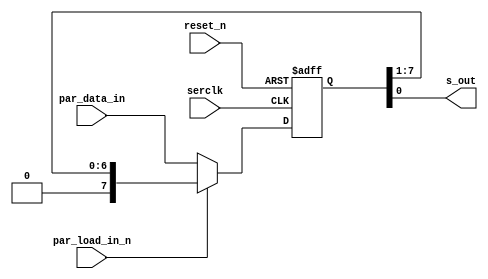
// *****************************************************************************
// *                     C O P Y R I G H T   N O T I C E                       *
// *****************************************************************************
// *                                                                           *
// * Confidential                                                              *
// *                                                                           *
// * (c) Copyright 2011-2016 Hewlett Packard Enterprise Development LP         *
// *                                                                           *
// * Copyrights. You may not duplicate, install or use software in violation   *
// * of its copyright or applicable license terms, including the software      *
// * installed on your computer or on network areas under your control. Unless *
// * proper permission has been obtained from the copyright owner, you may not *
// * copy for any reason any copyrighted materials, including text, artwork,   *
// * images, photographs, videos, music, web pages and other forms of          *
// * expression, whether they are in hardcopy or electronic media.             *
// *                                                                           *
// *****************************************************************************
// * HPE Engineer: Jonathan Pham                                               *
// * Design Name : Adaptive NVMe code                                          *
// * Description : Parallel to Serial Data Output to System CPLD               *
// *****************************************************************************

module shiftReg #(
	parameter TOTAL_BIT_COUNT = 8)(

    // Input Clocks and Resets
    input 						serclk, 
    input 						reset_n,

    // Parallel Data In
    input [TOTAL_BIT_COUNT-1:0] par_data_in,

    // Shift Control Bits
    input 						par_load_in_n,

    // Serial Output
    output 						s_out
   );
 	

 	reg [TOTAL_BIT_COUNT-1:0]   shift_reg;

 	//------------------------------------------------------------------------------
	// Parallel to Serial Converter
    // When in Reset: shift register contains all 0s
    // When out of Reset:
    //          load_n is enabled:      load all parallel bits into shift register
    //          load_n is not enabled:  shift all bits in shift register to the right
	//------------------------------------------------------------------------------
   
    always@(posedge serclk or negedge reset_n)begin
    	if (!reset_n)begin
    		shift_reg = {TOTAL_BIT_COUNT{1'b0}};
    	end
    	else begin
    		if (!par_load_in_n)begin
    			shift_reg = par_data_in;
    		end
    		else begin
    			shift_reg = {1'b0,shift_reg[TOTAL_BIT_COUNT-1:1]};
    		end
    	end
    end
 	
 	assign s_out = shift_reg[0];
 
endmodule